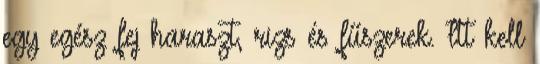
egy egész fej haraszt, rizs és fűszerek. Itt kell